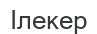
Ілекер